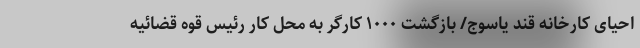
احیای کارخانه قند یاسوج/ بازگشت ۱۰۰۰ کارگر به محل کار رئیس قوه قضائیه